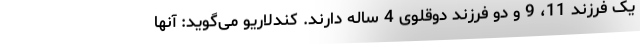
یک فرزند 11، 9 و دو فرزند دوقلوی 4 ساله دارند. کندلاریو می‌گوید: آنها